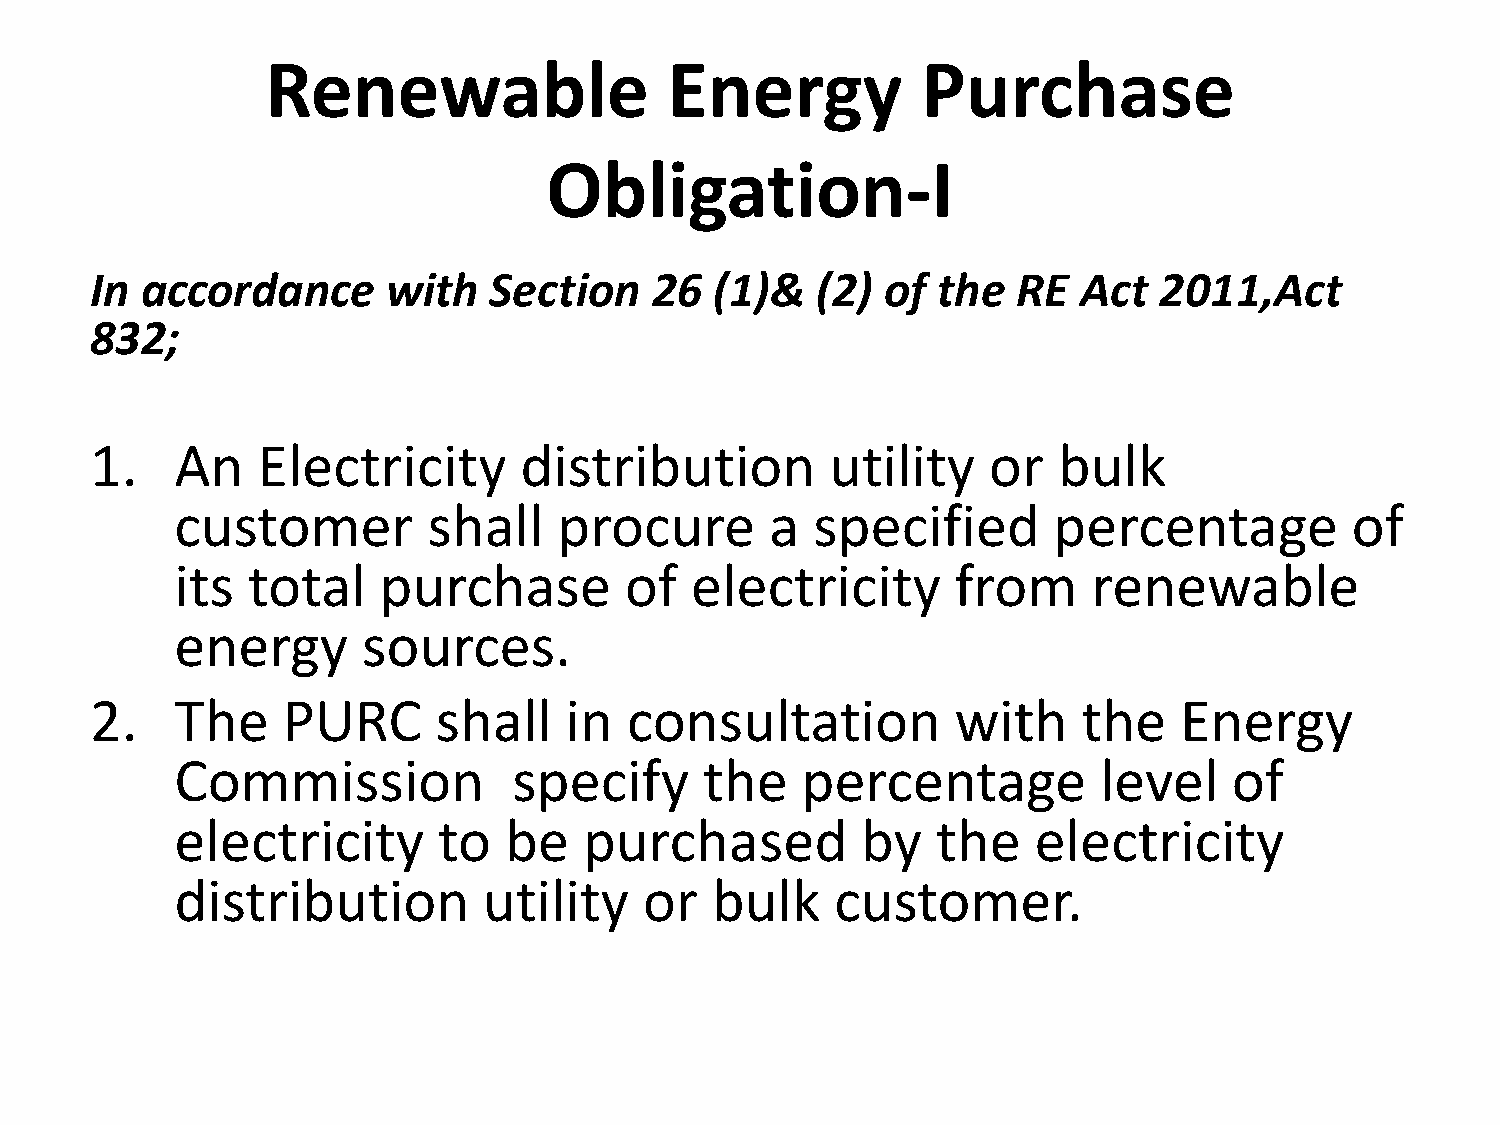
Renewable                 Energy           Purchase
 Obligation-I
 In accordance       with  Section    26  (1)&   (2)  of the  RE   Act  2011,Act
 832;
 1.    An   Electricity      distribution         utility   or   bulk
 customer        shall    procure       a  specified       percentage         of
 its total    purchase        of   electricity      from     renewable
 energy      sources.
 2.    The    PURC      shall   in   consultation         with     the   Energy
 Commission            specify      the   percentage          level    of
 electricity      to  be    purchased         by   the   electricity
 distribution        utility    or  bulk    customer.